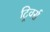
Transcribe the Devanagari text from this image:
ट्रिवर्स